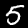
Label: 5